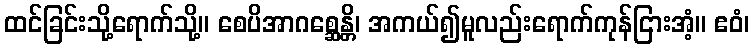
ထင်ခြင်းသို့ရောက်သို့။ စေပိအာဂစ္ဆေန္တိ၊ အကယ်၍မူလည်းရောက်ကုန်ငြားအံ့။ ဧဝံ၊